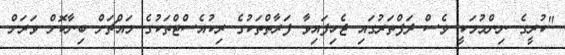
"ކުރީގެ ނިންމުމަކީ ވެސް ދަފްތަރުގައި ޖެހިފައިވާ ފަރާތްތަކުގެ ރިކުއެސްޓްތަކުގެ މައްޗަށް ބިނާކޮށް ވަރަށް